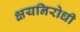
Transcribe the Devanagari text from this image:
क्षयनिरोधी